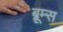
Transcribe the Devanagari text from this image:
ब्रूम्स